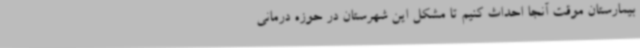
بیمارستان موقت آنجا احداث کنیم تا مشکل این شهرستان در حوزه درمانی